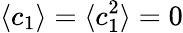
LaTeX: \langle c_{1}\rangle=\langle c_{1}^{2}\rangle=0